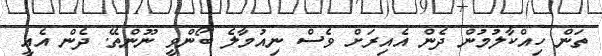
ތަން ހިއްކާލުމުން ދެން އެއިރަށް ވެސް ނިއުމާލެ ބޯންވީ ނޫންތޭ. ދެން އެއީ